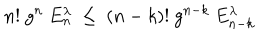
LaTeX: n ! ~ g ^ { n } ~ E _ { n } ^ { \lambda } ~ \le ~ ( n - k ) ! ~ g ^ { n - k } ~ E _ { n - k } ^ { \lambda } ~